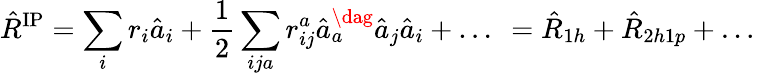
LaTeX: \hat{R}^{\mathrm{IP}}=\sum_{i}r_{i}\hat{a}_{i}+\frac{1}{2}\sum_{ij{a}}{r}_{ij}^{a}\hat{a}_{a}^{\dag}\hat{a}_{j}\hat{a}_{i}+\dots~=\hat{R}_{1h}+\hat{R}_{2h1p}+\dots~